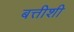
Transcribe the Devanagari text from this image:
बत्तीशी